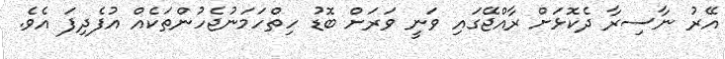
އޭރު ނާސިރާ ދެކޮޅަށް ރާއްޖޭގައި ވަނީ ވަރަށް ބޮޑު ހިތްހަމަނުޖެހުންތަކެއް އުފެދިފަ އެވެ.